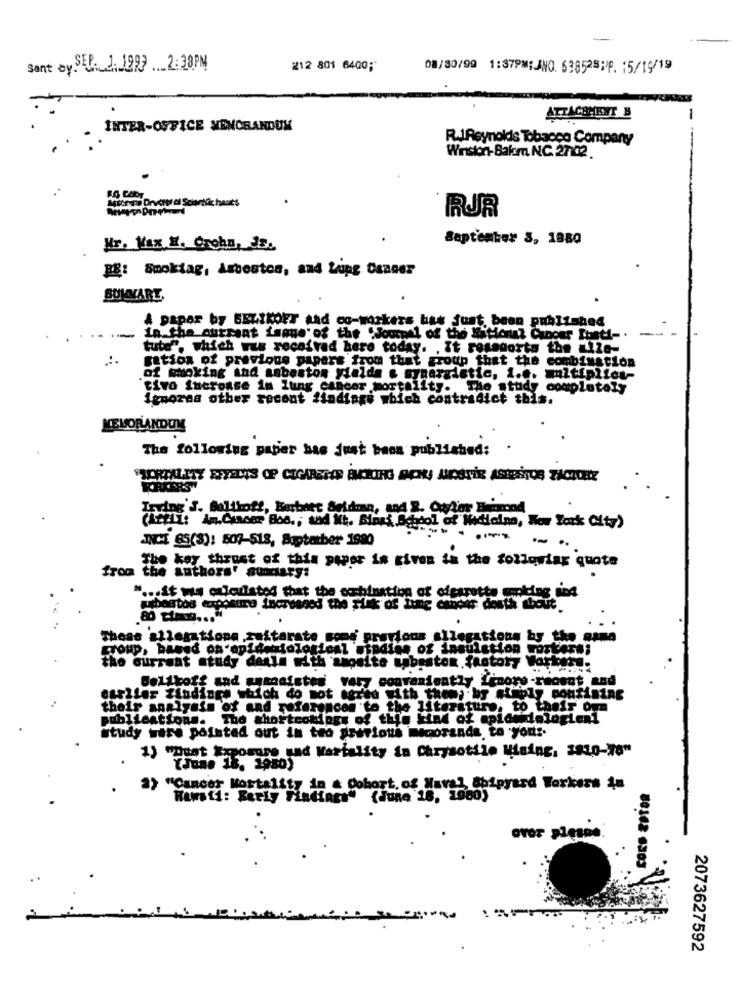
-
Sant by SEP. 2. 1993 2:38PM
212 801 6400;
08/30/99 1:37PM; ANO. 53852SHIP. 15/19/19
ATTACHMENT B
INTER-OFFICE MEMORANDUM
RIAsynokis Tobacco Company
Winston-Bakm. N.C. 27:02.
RUR
September 3, 1880
Mr. Max H. Crohn, Js.
RE: Smoktag, Asbestos, and Lung Cancer
SUMVART,
& papar by GELIKOFF Aad co-workers has just been published
in the current isone of the "Journal of the National Cancer Itanti- .
tube", which was received here today. . It rosesorts the =1le-
gation of previone papers from that group that the combination
of smoking and asboston yialde & synergietic, i.e. multiplict-
tivo ineroase im lung cancer mortality. The study completely
ignoraa other recent findings which contradict this.
LLEVORANDOM
The following papier has just been published:
Trying' S. Ballhoff, Berbett Seidman, and R. Otter Beimnd
INCI 85(8): 507-518, Soptatber 1980
--
key thrust of this paper is given in the following quote
from the authors" ausary:
" ... it was calculated that the occhination of ofesretts smoking ind
ubastos chosing increased the silk of Lung cancer dosth about
These allegationa zaitarate some previous allegations by the aana
group, based on epidemiologiom1 mindine of insulation workers;
the current study dexim with whomite sabeston factoryW
Delikoff and wyznaistes very conveniently Linore-recent and
earlier findings which do not agree with them, by #thely poufinine
their analysis of and references to f
to the literature, to their o
publications. Tho shortcomings of this kind of aplacelogien1
study ware pointed out in tro previous mecoranda to your.
1) "ouat Exposure und Wartality in Chrysotilo Mining, 1910-20"
a) "Cancer Mortality in & Cohort. of Naval Shipyard Workers in
Hamsti: Berly Findings" (June 18, 1960)
2073627592